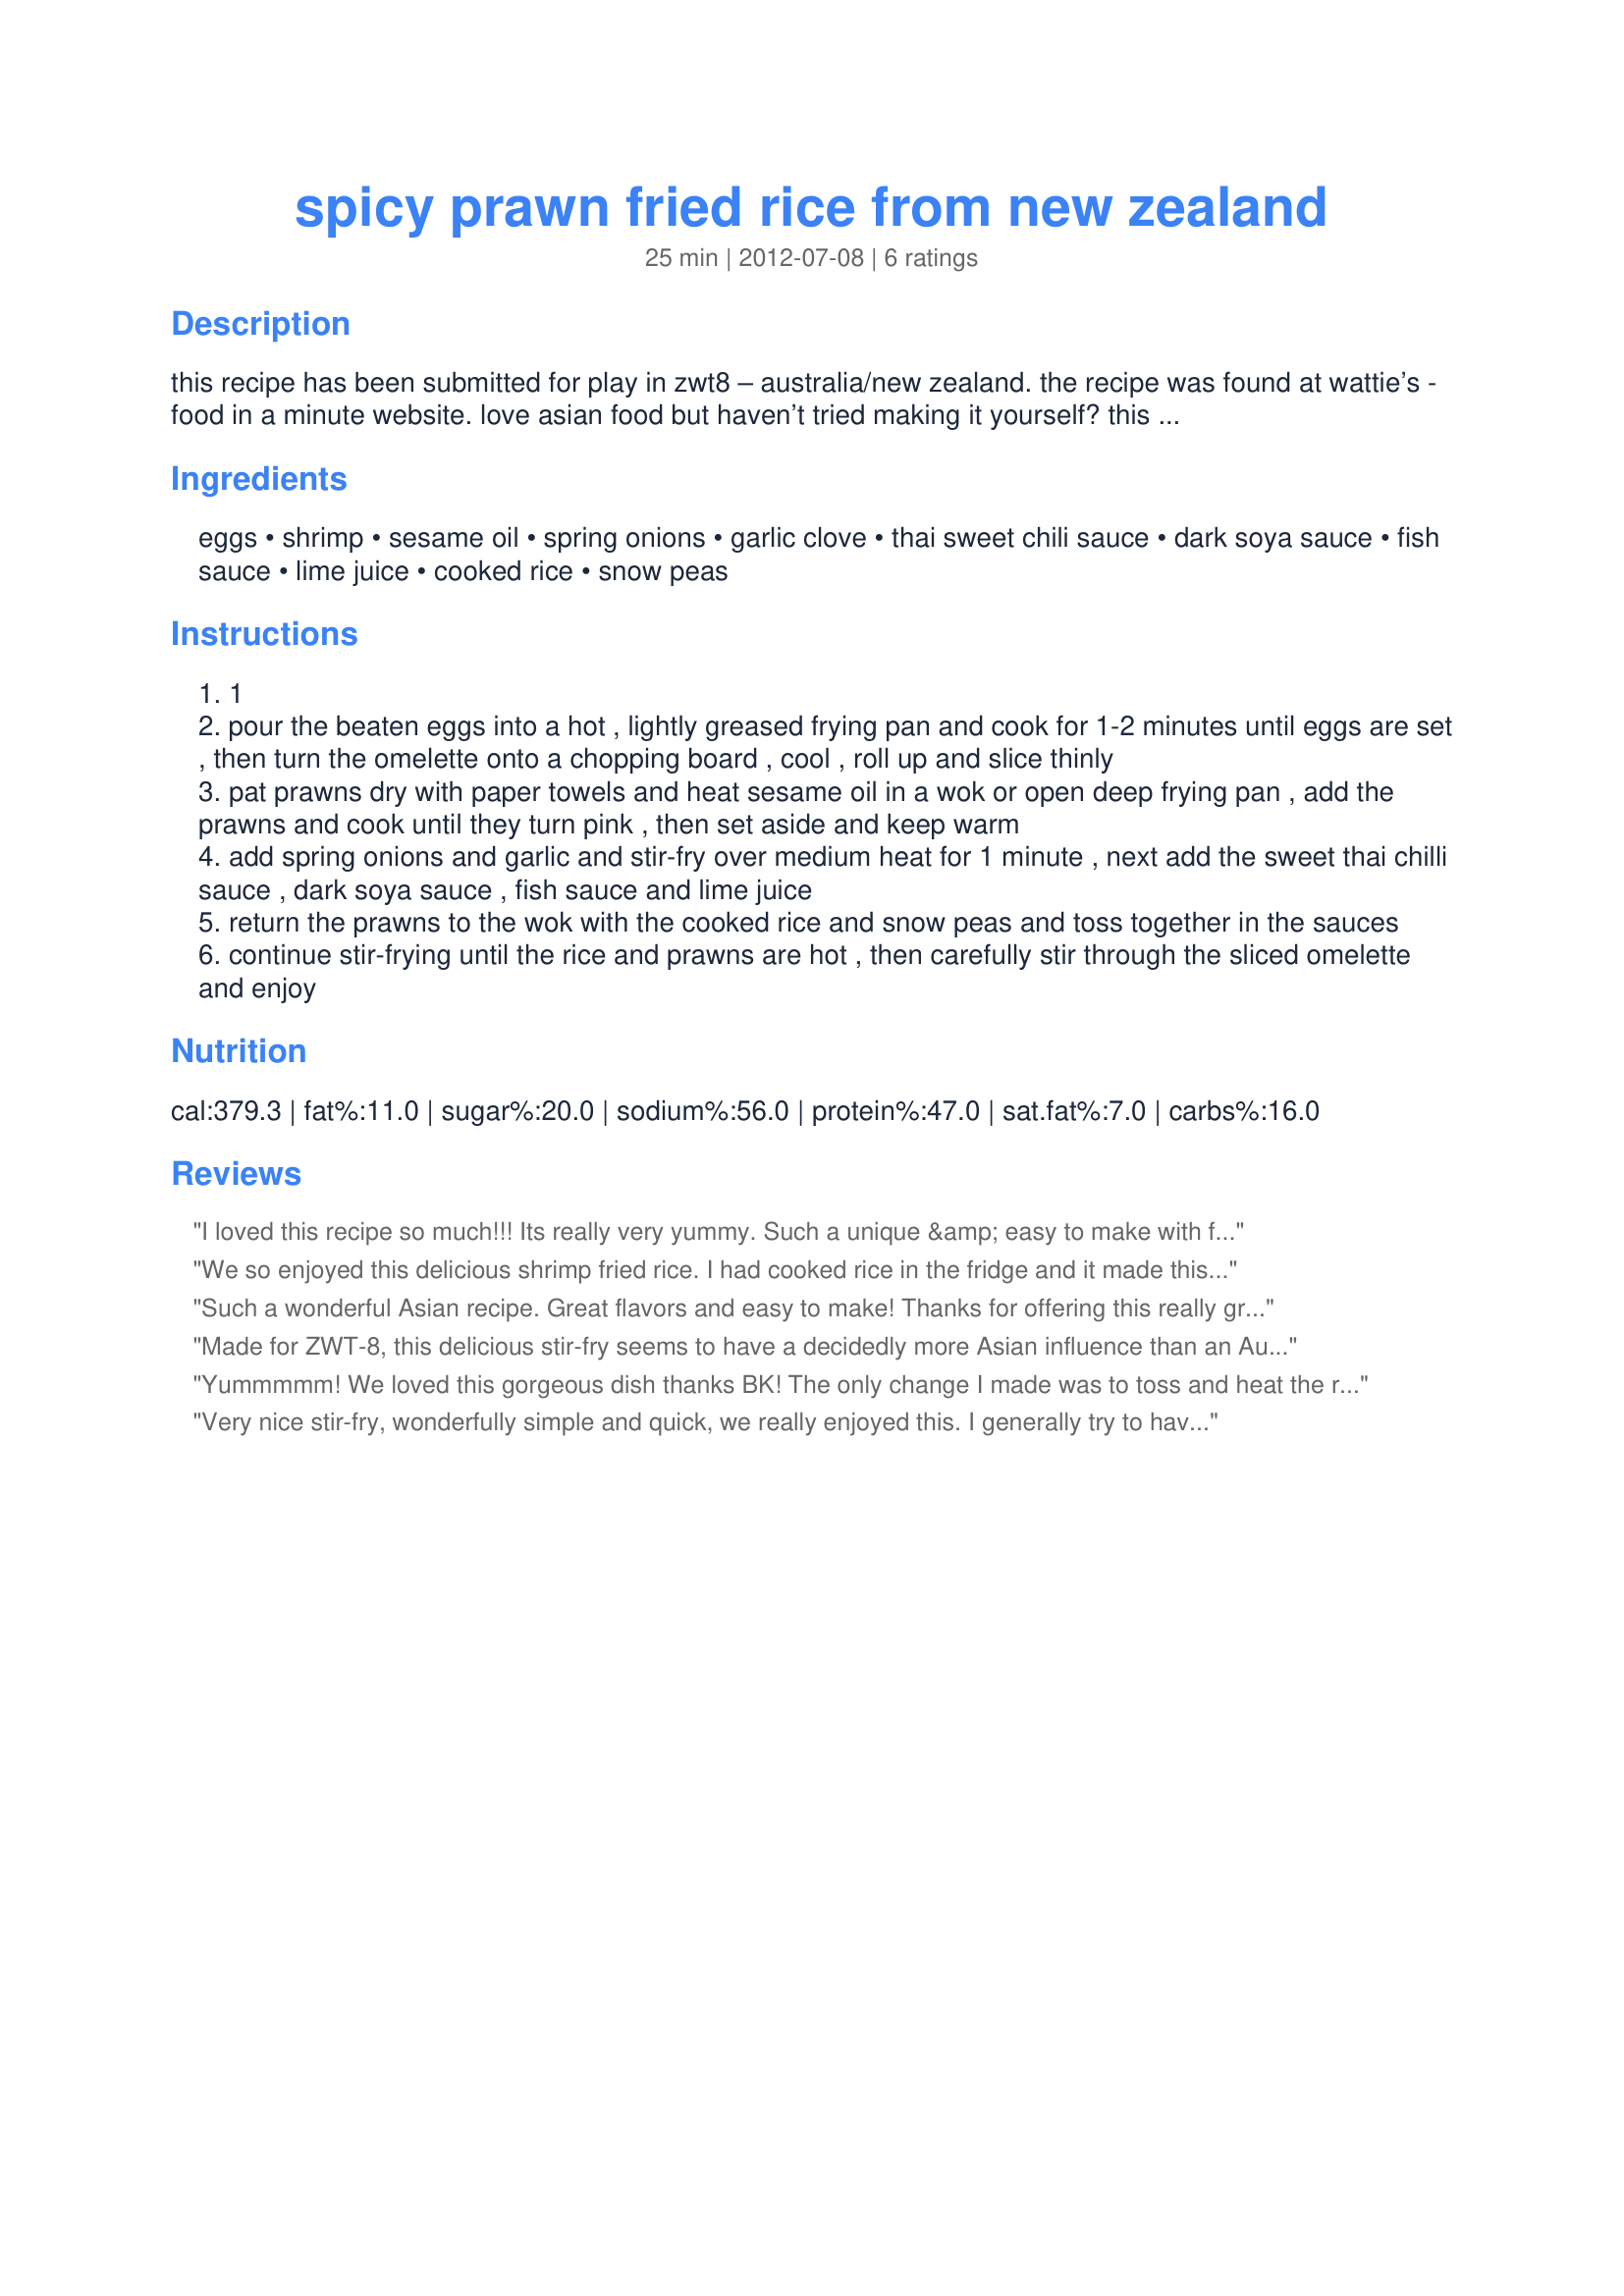
spicy prawn fried rice from new zealand
Preparation time: 25 minutes

this recipe has been submitted for play in zwt8 – australia/new zealand. the recipe was found at wattie’s - food in a minute website.

love asian food but haven’t tried making it yourself? this tasty fried rice dish with succulent prawns, asian sauces and a chilli kick is a great place to start.

reheating cooked rice requires caution due to a bacterium that can cause food borne illness. when dealing with cooked rice you should refrigerate as soon as cooled and do not reheat more than once. because this recipe uses cooked rice it should not be reheated again. discard any leftovers.

Ingredients:
eggs, shrimp, sesame oil, spring onions, garlic clove, thai sweet chili sauce, dark soya sauce, fish sauce, lime juice, cooked rice, snow peas

Steps:
1
pour the beaten eggs into a hot , lightly greased frying pan and cook for 1-2 minutes until eggs are set , then turn the omelette onto a chopping board , cool , roll up and slice thinly
pat prawns dry with paper towels and heat sesame oil in a wok or open deep frying pan , add the prawns and cook until they turn pink , then set aside and keep warm
add spring onions and garlic and stir-fry over medium heat for 1 minute , next add the sweet thai chilli sauce , dark soya sauce , fish sauce and lime juice
return the prawns to the wok with the cooked rice and snow peas and toss together in the sauces
continue stir-frying until the rice and prawns are hot , then carefully stir through the sliced omelette and enjoy

Reviews:
I loved this recipe so much!!! Its really very yummy. Such a unique &amp; easy to make with full of flavors rice dish. Thank you &amp; keep do posting this type of recipes.... http://www.kashishfood.co.nz/rice.html
We so enjoyed this delicious shrimp fried rice. I had cooked rice in the fridge and it made this dish go so much faster. Loved all of the ingredients -- wish I had more of this wonderful dish leftover.
Such a wonderful Asian recipe. Great flavors and easy to make! Thanks for offering this really great recipe.
Made for ZWT-8, this delicious stir-fry seems to have a decidedly more Asian influence than an Australian or New Zealand identity, but I suspect the prawns make it a product of "cuisine fusion". That said, it's most definitely a palate-pleasing & ingredient-friendly quick-fix that would be easily made on a week night. I had all the ingredients on-hand & esp liked the use of lime vs lemon. Versatility always gets high marks from me & this would be easily expanded by adding mushrooms or water chestnuts. You could even add chicken or use a different meat altogether. It's just a darned good recipe & was a good choice for DH & I to end this leg of the Tour. Thx for sharing this recipe w/us.
Yummmmm! We loved this gorgeous dish thanks BK! The only change I made was to toss and heat the rice and prawns, THEN add in the sweet chilli, soy, fish sauce and lime (I'd set them aside earlier in a jug) I figured it would give the rice a better finish. I used the juice of one whole (juicy) lime and love the lift it gave the dish. Something between fried rice, nasi goreng and a one pot rice dish and spectacularly good. Thanks for posting.
Very nice stir-fry, wonderfully simple and quick, we really enjoyed this. I generally try to have cooked rice in the freezer so that we can enjoy stirfry, this particular batch of rice had had peas and corn added, and it went beautifully with the stirfry!! Thanks so much, BK, this was made for ZWT 8
